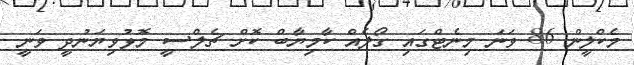
މެކްލީން 86 ވަނަ މިނެޓްގައި ގޯލެއް ކާމިޔާބް ކޮށް ޗެލްސީ މޮޅުވިޔަނުދީ ވަނީ